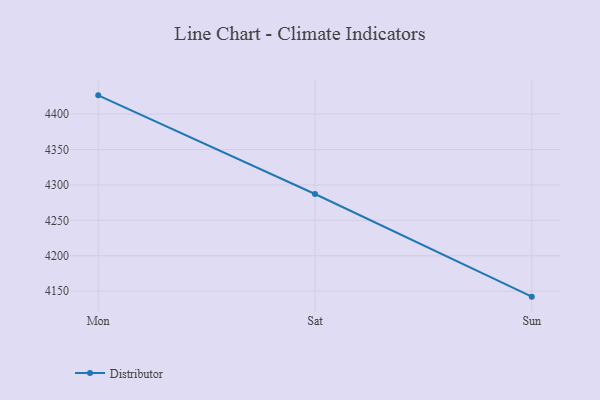
{"axis": {"x": "Day", "y": "Operating Costs (USD K)"}, "legend": ["Distributor"], "data": [{"x": "Mon", "y": 4426.5, "type": "Distributor"}, {"x": "Sat", "y": 4287.2, "type": "Distributor"}, {"x": "Sun", "y": 4142.2, "type": "Distributor"}]}